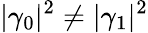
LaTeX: |\gamma_{0}|^{2}\neq|\gamma_{1}|^{2}